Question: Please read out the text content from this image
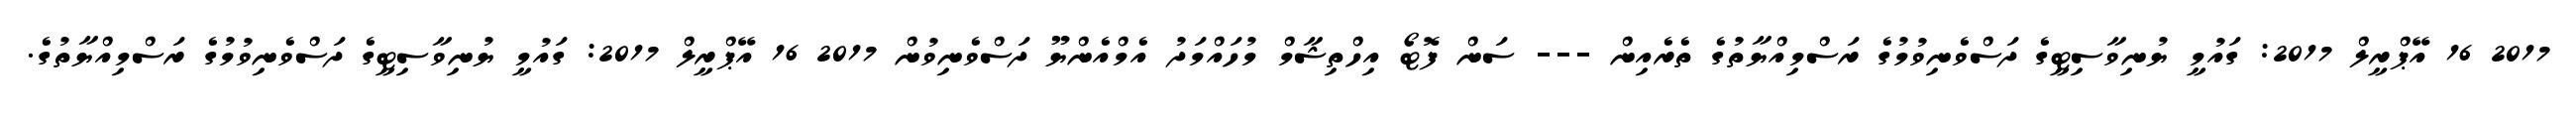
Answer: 2017 16 އޭޕްރީލް 2017: ގައުމީ ޔުނިވާސިޓީގެ ދަސްވެނިވުމުގެ ރަސްމިއްޔާތުގެ ތެރެއިން --- ސަން ފޮޓޯ އިހްތިޝާމް މުހައްމަދު އެމްއެންޔޫ ދަސްވެނިވުން 2017 16 އޭޕްރީލް 2017: ގައުމީ ޔުނިވާސިޓީގެ ދަސްވެނިވުމުގެ ރަސްމިއްޔާތުގެ.